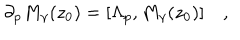
LaTeX: \partial _ { p } M _ { \gamma } ( z _ { 0 } ) = [ \Lambda _ { p } , M _ { \gamma } ( z _ { 0 } ) ] \quad ,